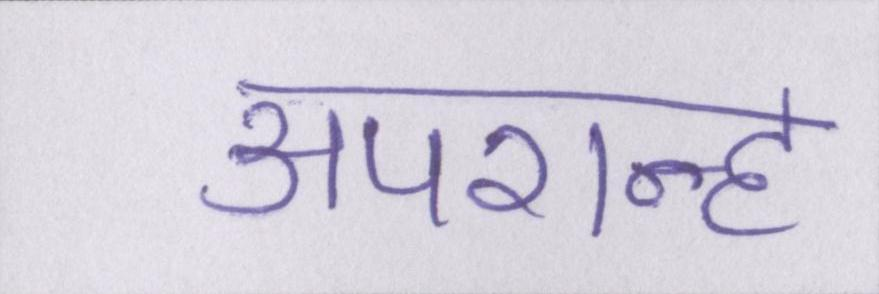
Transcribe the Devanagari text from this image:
अपरान्ह